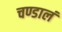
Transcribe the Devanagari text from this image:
चण्डालं